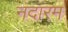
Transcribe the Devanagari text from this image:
नदारम